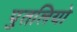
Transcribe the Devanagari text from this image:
पुतलियो